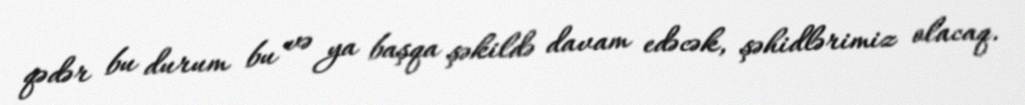
qədər bu durum bu və ya başqa şəkildə davam edəcək, şəhidlərimiz olacaq.